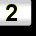
Digit: 2